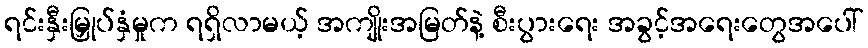
ရင်းနှီးမြှုပ်နှံမှုက ရရှိလာမယ့် အကျိုးအမြတ်နဲ့ စီးပွားရေး အခွင့်အရေးတွေအပေါ်